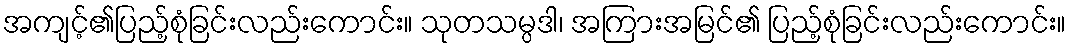
အကျင့်၏ပြည့်စုံခြင်းလည်းကောင်း။ သုတသမ္ပဒါ၊ အကြားအမြင်၏ ပြည့်စုံခြင်းလည်းကောင်း။